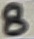
Text: 8